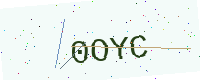
Text: 0OYC